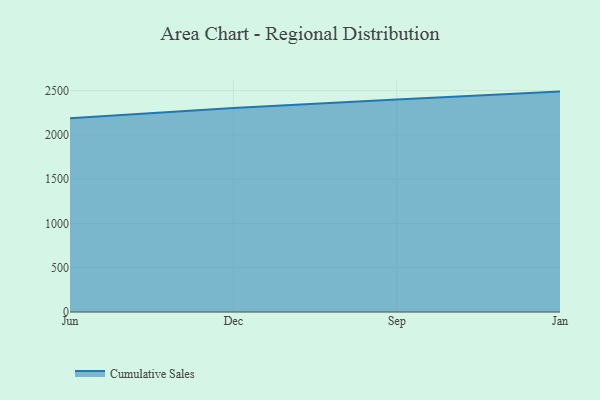
{"axis": {"x": "Month", "y": "Population (Million)"}, "legend": ["Cumulative Sales"], "data": [{"x": "Jun", "y": 2188.7, "type": "Cumulative Sales"}, {"x": "Dec", "y": 2303.6, "type": "Cumulative Sales"}, {"x": "Sep", "y": 2400.7, "type": "Cumulative Sales"}, {"x": "Jan", "y": 2489.1, "type": "Cumulative Sales"}]}